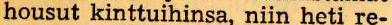
housut kinttuihinsa, niin heti re-